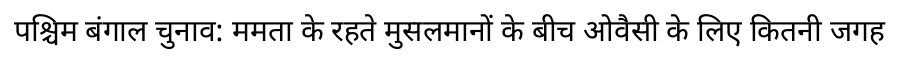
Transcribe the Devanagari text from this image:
पश्चिम बंगाल चुनाव: ममता के रहते मुसलमानों के बीच ओवैसी के लिए कितनी जगह